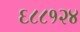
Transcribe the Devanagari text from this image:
६८८१२४